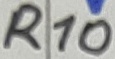
Text: R10